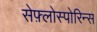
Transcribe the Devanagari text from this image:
सेफ़्लोस्पोरिन्स